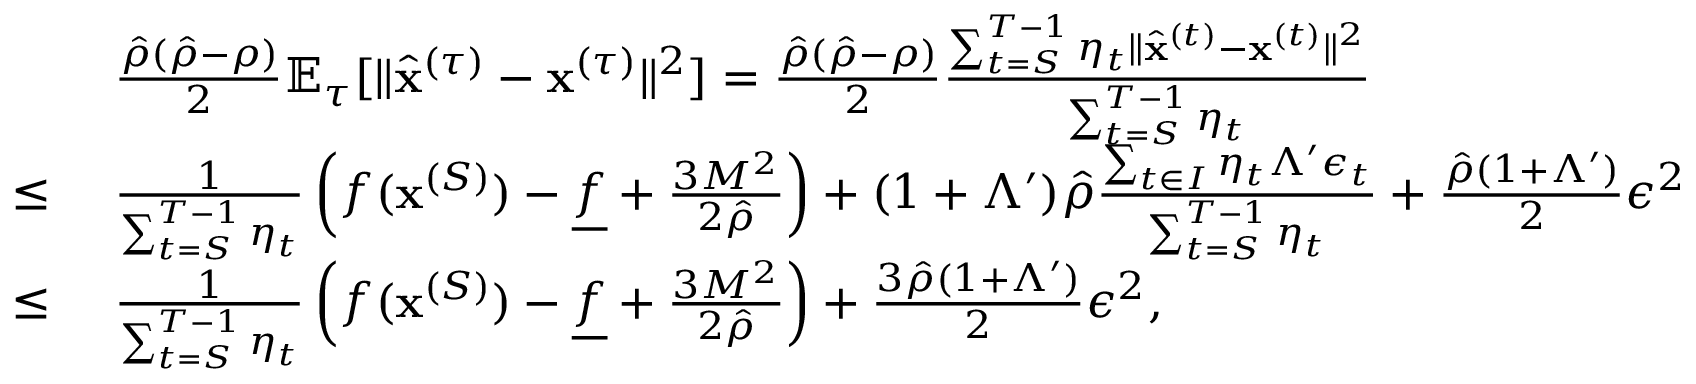
\begin{array} { r l } & { ~ \frac { \hat { \rho } ( \hat { \rho } - \rho ) } { 2 } \mathbb { E } _ { \tau } [ \| \widehat { \mathbf x } ^ { ( \tau ) } - { \mathbf x } ^ { ( \tau ) } \| ^ { 2 } ] = \frac { \hat { \rho } ( \hat { \rho } - \rho ) } { 2 } \frac { \sum _ { t = S } ^ { T - 1 } \eta _ { t } \| \widehat { \mathbf x } ^ { ( t ) } - { \mathbf x } ^ { ( t ) } \| ^ { 2 } } { \sum _ { t = S } ^ { T - 1 } \eta _ { t } } } \\ { \leq } & { ~ \frac { 1 } { \sum _ { t = S } ^ { T - 1 } \eta _ { t } } \left( f ( { \mathbf x } ^ { ( S ) } ) - \underline { f } + \frac { 3 M ^ { 2 } } { 2 \hat { \rho } } \right) + ( 1 + \Lambda ^ { \prime } ) \hat { \rho } \frac { \sum _ { t \in I } \eta _ { t } \Lambda ^ { \prime } \epsilon _ { t } } { \sum _ { t = S } ^ { T - 1 } \eta _ { t } } + \frac { \hat { \rho } ( 1 + \Lambda ^ { \prime } ) } { 2 } \epsilon ^ { 2 } } \\ { \leq } & { ~ \frac { 1 } { \sum _ { t = S } ^ { T - 1 } \eta _ { t } } \left( f ( { \mathbf x } ^ { ( S ) } ) - \underline { f } + \frac { 3 M ^ { 2 } } { 2 \hat { \rho } } \right) + \frac { 3 \hat { \rho } ( 1 + \Lambda ^ { \prime } ) } { 2 } \epsilon ^ { 2 } , } \end{array}